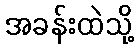
အခန်းထဲသို့